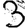
Digit: 3